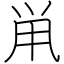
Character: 鼡